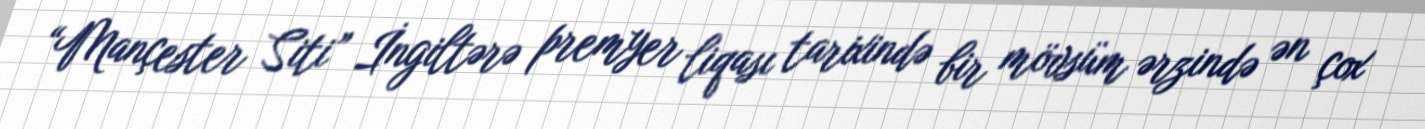
“Mançester Siti” İngiltərə premyer liqası tarixində bir mövsüm ərzində ən çox